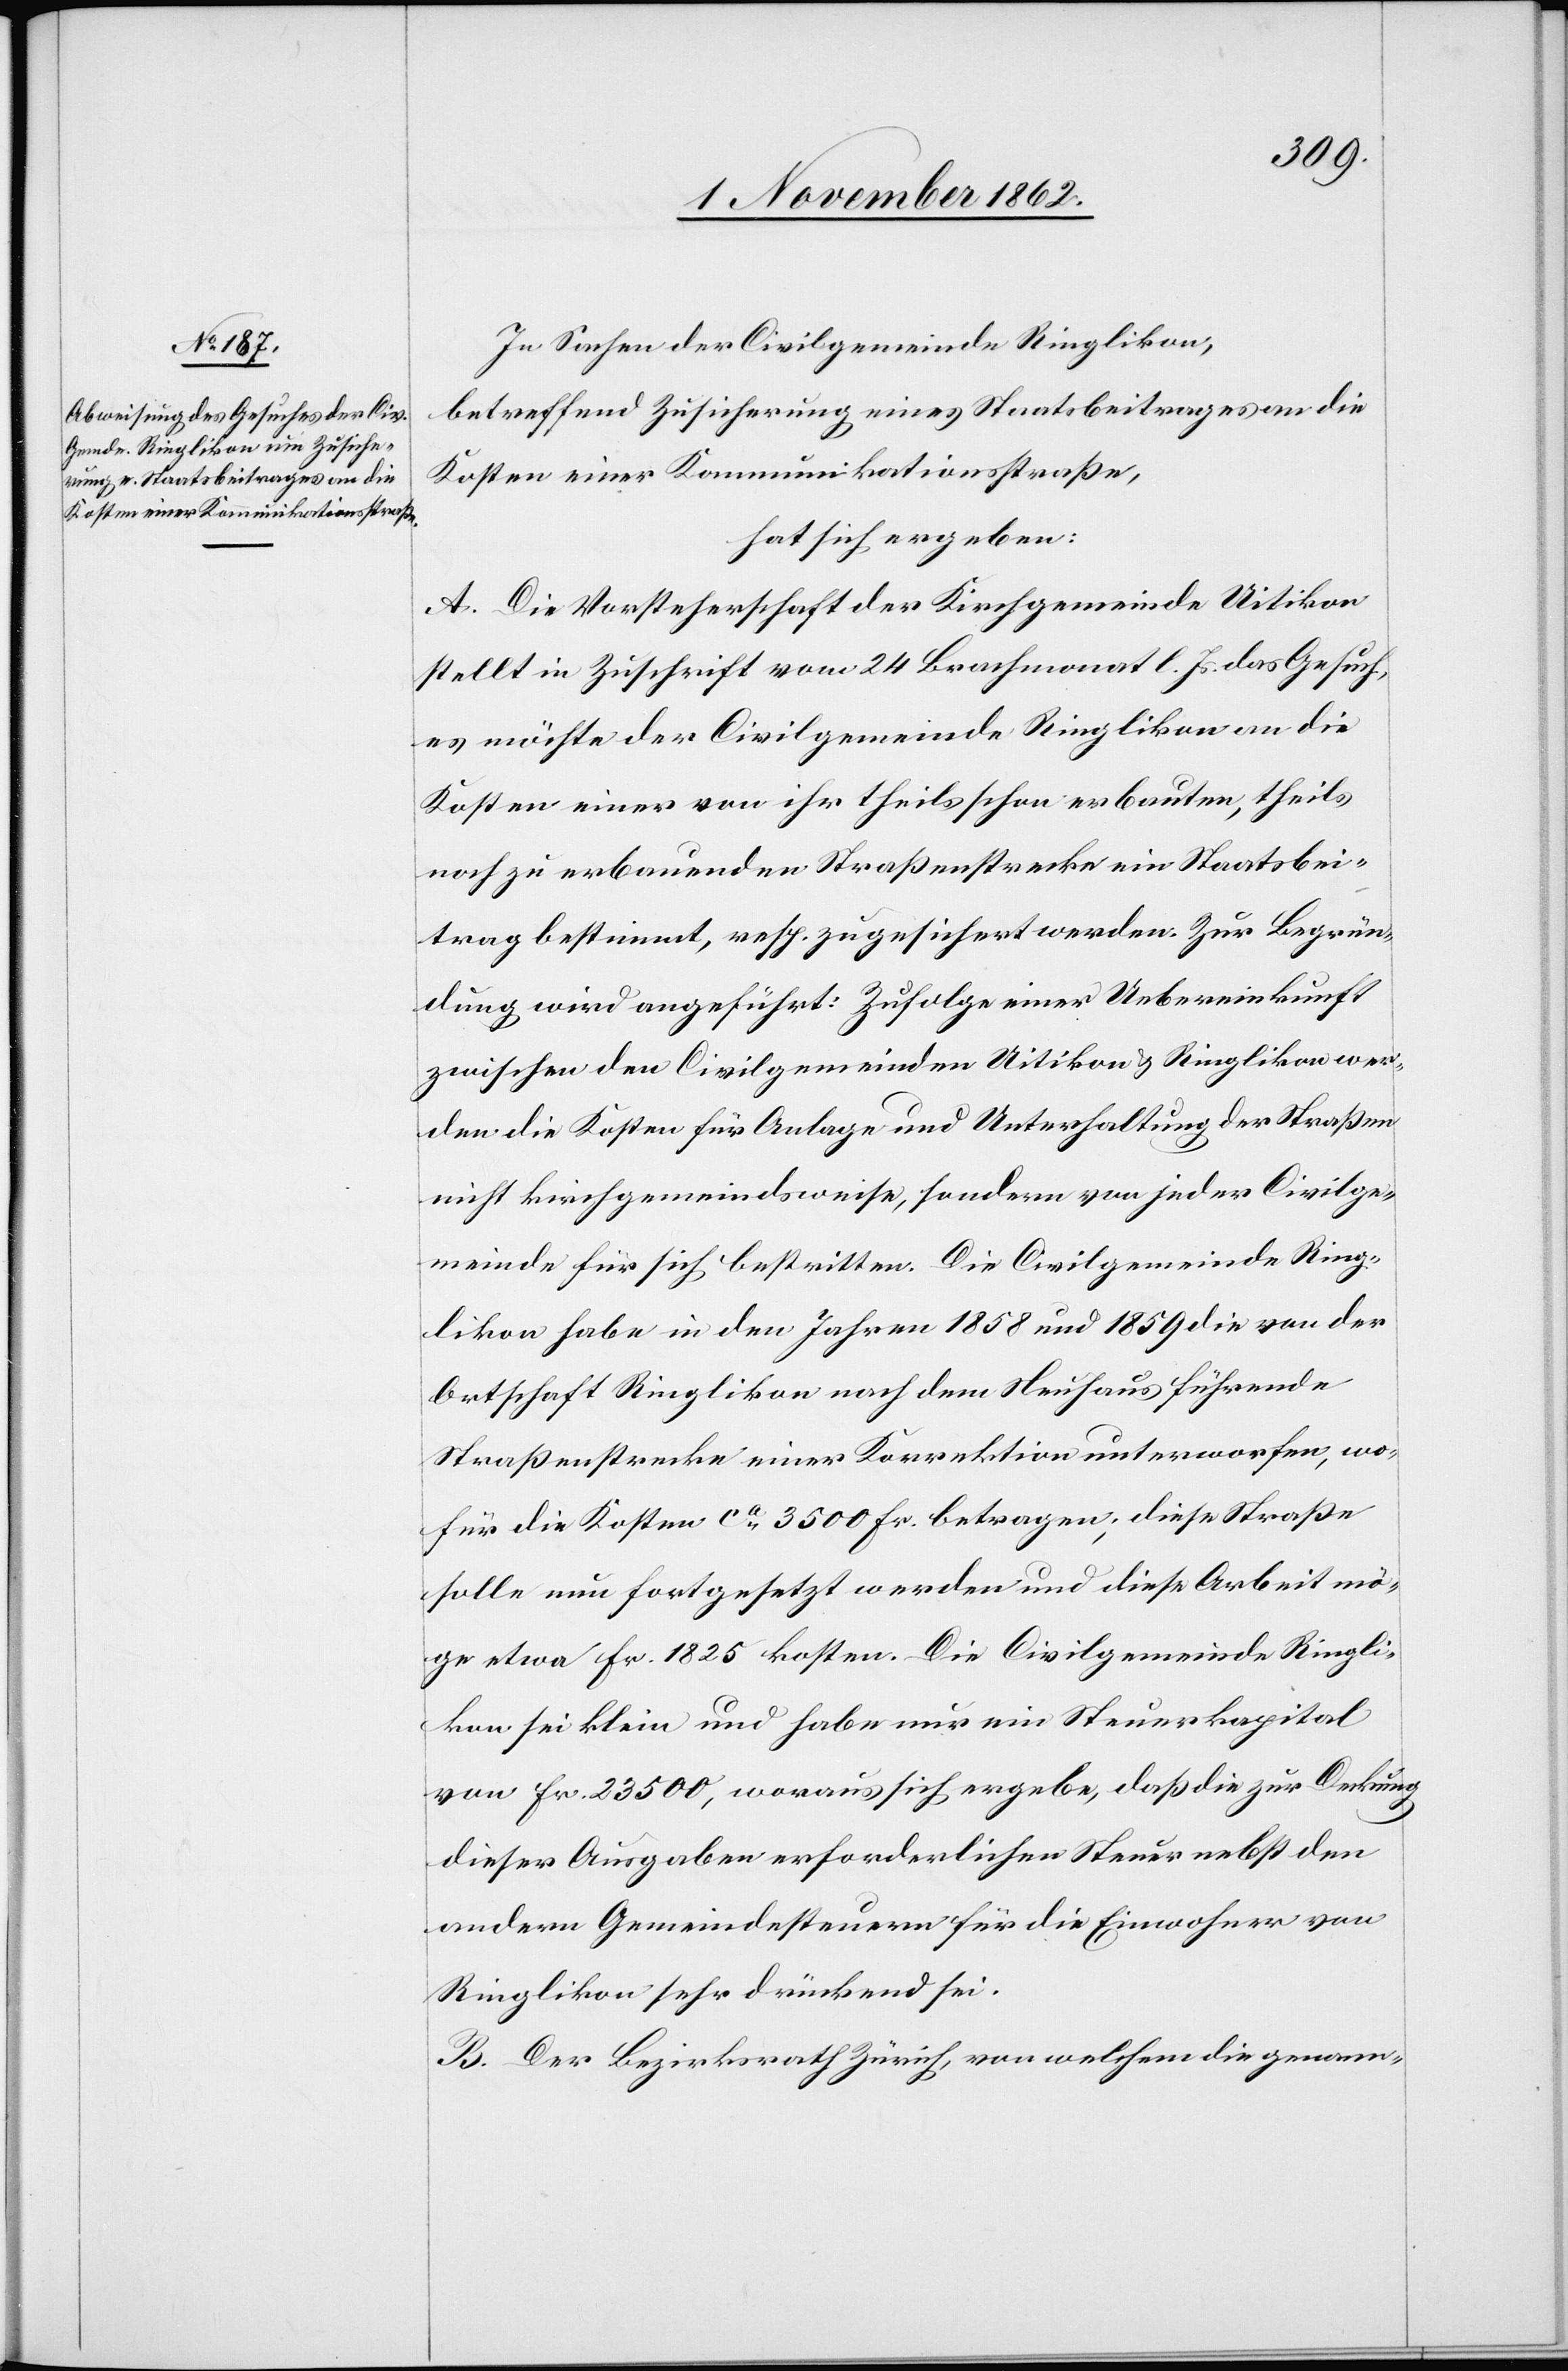
In Sachen der Civilgemeinde Ringlikon,
betreffend Zusicherung eines Staatsbeitrages an die
Kosten einer Kommunikationsstraße,
hat sich ergeben:
A. Die Vorsteherschaft der Kirchgemeinde Uitikon
stellt in Zuschrift vom 24. Brachmonat l. Js. das Gesuch,
es möchte der Civilgemeinde Ringlikon an die
Kosten einer von ihr theils schon erbauten, theils
noch zu erbauenden Straßenstrecke ein Staatsbei¬
trag bestimmt, resp. zugesichert werden. Zur Begrün¬
dung wird angeführt: Zufolge einer Uebereinkunft
zwischen den Civilgemeinden Uitikon u. Ringlikon wer¬
den die Kosten für Anlage und Unterhaltung der Straßen
nicht kirchgemeindsweise, sondern von jeder Civilge¬
meinde für sich bestritten. Die Civilgemeinde Ring¬
likon habe in den Jahren 1858 und 1859 die von der
Ortschaft Ringlikon nach dem Neuhaus führende
Straßenstrecke einer Korrektion unterworfen, wo¬
für die Kosten ca 3500 Fr. betragen; diese Straße
solle nun fortgesetzt werden und diese Arbeit mö¬
ge etwa Fr. 1825 kosten. Die Civilgemeinde Ringli¬
kon sei klein und habe nur ein Steuerkapital
von Fr. 23 500, woraus sich ergebe, daß die zur Deckung
dieser Ausgaben erforderlichen Steuer[n] nebst den
andern Gemeindesteuern für die Einwohner von
Ringlikon sehr drückend sei.
B. Der Bezirksrath Zürich, von welchem die genann-